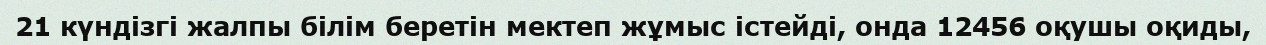
21 күндізгі жалпы білім беретін мектеп жұмыс істейді, онда 12456 оқушы оқиды,